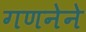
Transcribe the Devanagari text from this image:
गणनेने